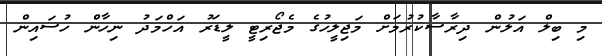
މި ބިލް އަލުން ދިރާސާކުރުމަށް މަޖިލީހުގެ މެޖޯރިޓީ ލީޑަރު އަހްމަދު ނިހާން ހުސައިން